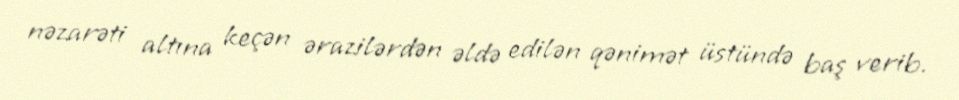
nəzarəti altına keçən ərazilərdən əldə edilən qənimət üstündə baş verib.